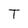
Character: T